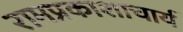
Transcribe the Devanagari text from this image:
रामप्रकाशाचार्य